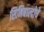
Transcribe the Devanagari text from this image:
सिनिबाल्दोचे